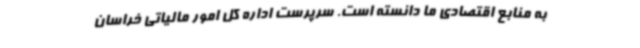
به منابع اقتصادی ما دانسته ‌است. سرپرست اداره کل امور مالیاتی خراسان